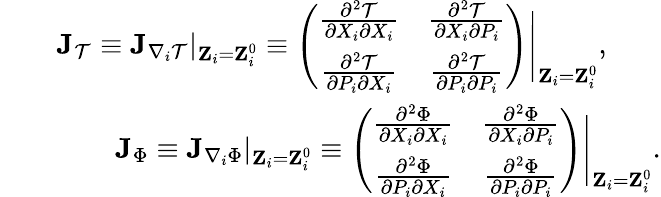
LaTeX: \begin{array}{rlr}&{}&{{\mathbf J}_{\mathcal{T}}\equiv{\mathbf J}_{\nabla_{i}\mathcal{T}}|_{{\mathbf Z}_{i}={\mathbf Z}_{i}^{0}}\equiv\left(\begin{array}{cc}{\frac{\partial^{2}\mathcal{T}}{\partial X_{i}\partial X_{i}}}&{\frac{\partial^{2}\mathcal{T}}{\partial X_{i}\partial P_{i}}}\\ {\frac{\partial^{2}\mathcal{T}}{\partial P_{i}\partial X_{i}}}&{\frac{\partial^{2}\mathcal{T}}{\partial P_{i}\partial P_{i}}}\end{array}\right)\Bigg\vert_{{\mathbf Z}_{i}={\mathbf Z}_{i}^{0}},\ \ \ \ \ \ \ }\\ &{}&{{\mathbf J}_{\Phi}\equiv{\mathbf J}_{\nabla_{i}\Phi}|_{{\mathbf Z}_{i}={\mathbf Z}_{i}^{0}}\equiv\left(\begin{array}{cc}{\frac{\partial^{2}\Phi}{\partial X_{i}\partial X_{i}}}&{\frac{\partial^{2}\Phi}{\partial X_{i}\partial P_{i}}}\\ {\frac{\partial^{2}\Phi}{\partial P_{i}\partial X_{i}}}&{\frac{\partial^{2}\Phi}{\partial P_{i}\partial P_{i}}}\end{array}\right)\Bigg\vert_{{\mathbf Z}_{i}={\mathbf Z}_{i}^{0}}.}\end{array}